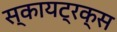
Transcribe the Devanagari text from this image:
स्कायट्रक्स